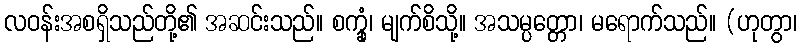
လဝန်းအစရှိသည်တို့၏ အဆင်းသည်။ စက္ခုံ၊ မျက်စိသို့။ အသမ္ပတ္တော၊ မရောက်သည်။ (ဟုတွာ၊